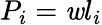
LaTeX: P_{i}=\mathit{w}l_{i}